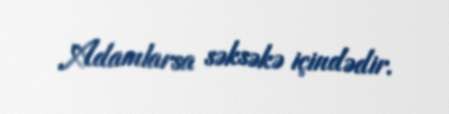
Adamlarsa səksəkə içindədir.